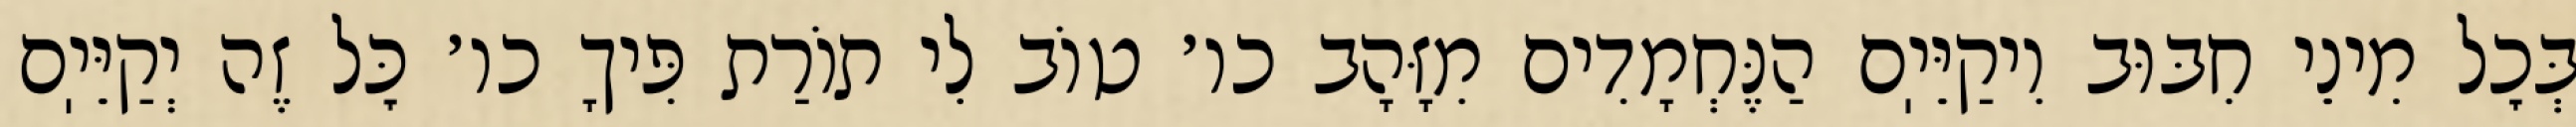
בְּכׇל מִינֵי חִבּוּב וִיקַיֵּיֽם הַנֶּחְמָדִים מִזָּהָב כו׳ טוֹב לִי תוֹרַת פִּיךָ כו׳ כׇּל זֶה יְקַיֵּיֽם